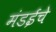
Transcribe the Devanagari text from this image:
मंडईचे